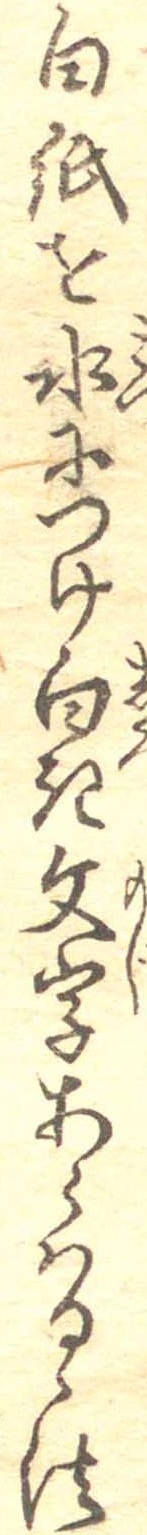
白紙を水につけ白き文字あらはるゝ法